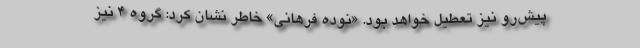
پیش‌رو نیز تعطیل خواهد بود. «نوده فرهانی» خاطر نشان کرد: گروه ٤ نیز